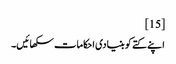
[15]
اپنے کتے کو بنیادی احکامات سکھائیں۔